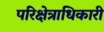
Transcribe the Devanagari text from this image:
परिक्षेत्राधिकारी